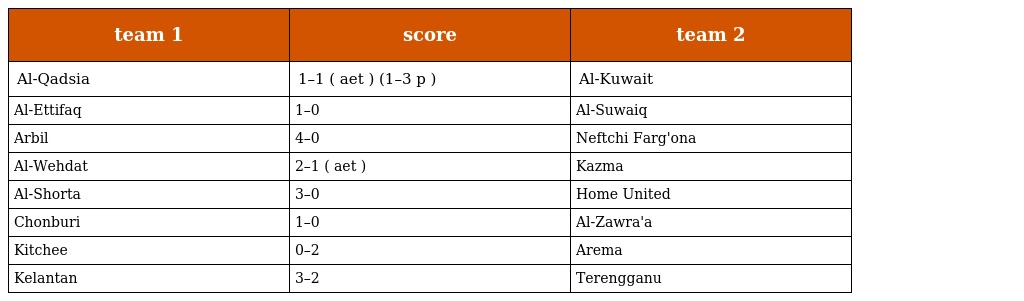
| team 1 | score | team 2 |
 | --- | --- | --- |
 | Al-Qadsia | 1–1 ( aet ) (1–3 p ) | Al-Kuwait |
 | Al-Ettifaq | 1–0 | Al-Suwaiq |
 | Arbil | 4–0 | Neftchi Farg'ona |
 | Al-Wehdat | 2–1 ( aet ) | Kazma |
 | Al-Shorta | 3–0 | Home United |
 | Chonburi | 1–0 | Al-Zawra'a |
 | Kitchee | 0–2 | Arema |
 | Kelantan | 3–2 | Terengganu |